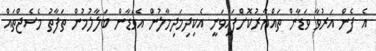
އެ ފެން އަރުވާ ވަޑާން ތައްޔާރުކޮށްފައިވަނީ އެކިދިމަދިމާލުން އެވަޑާން ބަލާލުމުން ތަފާތު މެސެޖްތައް